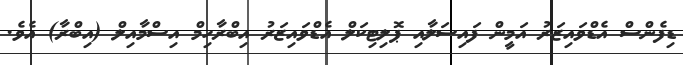
ޑިފެންސް އެޑްވައިޒަރު އަމީން ފައިސަލާއި ޕޮލިޓިކަލް އެޑްވައިޒަރު އިބްރާހިމް އިސްމާއިލް (އިބްރާ) އެވެ.